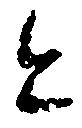
と